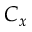
C _ { x }